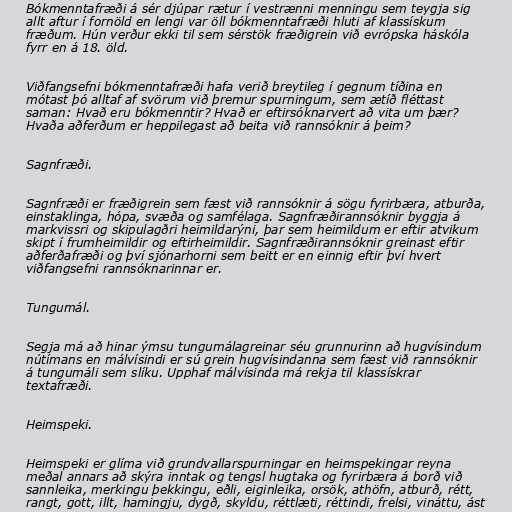
Bókmenntafræði á sér djúpar rætur í vestrænni menningu sem teygja sig
allt aftur í fornöld en lengi var öll bókmenntafræði hluti af klassískum
fræðum. Hún verður ekki til sem sérstök fræðigrein við evrópska háskóla
fyrr en á 18. öld.

Viðfangsefni bókmenntafræði hafa verið breytileg í gegnum tíðina en
mótast þó alltaf af svörum við þremur spurningum, sem ætíð fléttast
saman: Hvað eru bókmenntir? Hvað er eftirsóknarvert að vita um þær?
Hvaða aðferðum er heppilegast að beita við rannsóknir á þeim?

Sagnfræði.

Sagnfræði er fræðigrein sem fæst við rannsóknir á sögu fyrirbæra, atburða,
einstaklinga, hópa, svæða og samfélaga. Sagnfræðirannsóknir byggja á
markvissri og skipulagðri heimildarýni, þar sem heimildum er eftir atvikum
skipt í frumheimildir og eftirheimildir. Sagnfræðirannsóknir greinast eftir
aðferðafræði og því sjónarhorni sem beitt er en einnig eftir því hvert
viðfangsefni rannsóknarinnar er.

Tungumál.

Segja má að hinar ýmsu tungumálagreinar séu grunnurinn að hugvísindum
nútímans en málvísindi er sú grein hugvísindanna sem fæst við rannsóknir
á tungumáli sem slíku. Upphaf málvísinda má rekja til klassískrar
textafræði.

Heimspeki.

Heimspeki er glíma við grundvallarspurningar en heimspekingar reyna
meðal annars að skýra inntak og tengsl hugtaka og fyrirbæra á borð við
sannleika, merkingu þekkingu, eðli, eiginleika, orsök, athöfn, atburð, rétt,
rangt, gott, illt, hamingju, dygð, skyldu, réttlæti, réttindi, frelsi, vináttu, ást